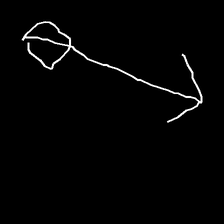
Glyph: focus